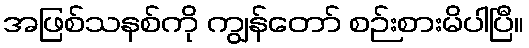
အဖြစ်သနစ်ကို ကျွန်တော် စဉ်းစားမိပါပြီ။